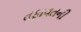
તફાવતની